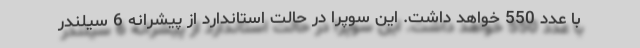
با عدد 550 خواهد داشت. این سوپرا در حالت استاندارد از پیشرانه 6 سیلندر